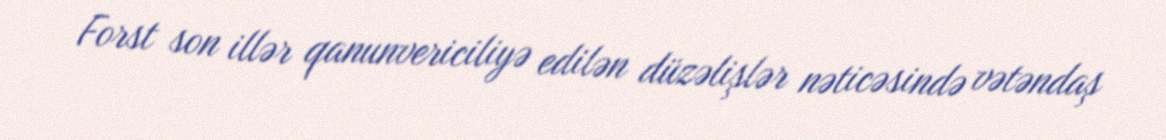
Forst son illər qanunvericiliyə edilən düzəlişlər nəticəsində vətəndaş